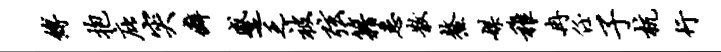
缚抱庇突癖蹙乏被弦籍悉散鳌媒稚冉任子杭行